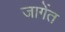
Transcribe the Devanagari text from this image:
जागेंत